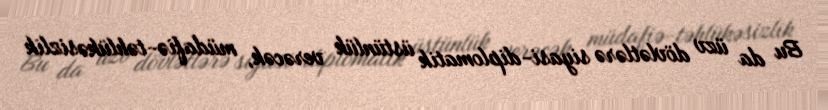
Bu da üzv dövlətlərə siyasi-diplomatik üstünlük verəcək, müdafiə-təhlükəsizlik